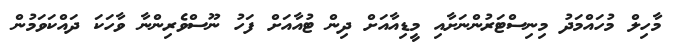
މާހިލް މުހައްމަދު މިނިސްޓަރުންނަށާއި މީޑިއާއަށް ދިން ޓުއާއަށް ފަހު ނޫސްވެރިންނާ ވާހަކަ ދައްކަވަމުން